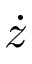
\dot { z }